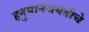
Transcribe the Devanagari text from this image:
हनुमानजयंतीचे